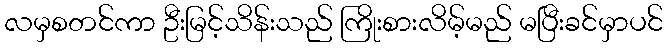
လမှစတင်ကာ ဦးမြင့်သိန်းသည် ကြိုးစားလိမ့်မည် မပြီးခင်မှာပင်